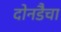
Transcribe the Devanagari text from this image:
दोनडैचा